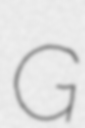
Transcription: G